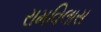
રામવિલાસ